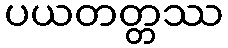
ပယတတ္တဿ